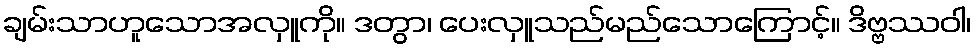
ချမ်းသာဟူသောအလှူကို။ ဒတွာ၊ ပေးလှူသည်မည်သောကြောင့်။ ဒိဗ္ဗဿဝါ၊